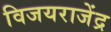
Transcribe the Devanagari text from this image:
विजयराजेंद्र